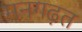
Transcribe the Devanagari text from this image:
मनगढ़त